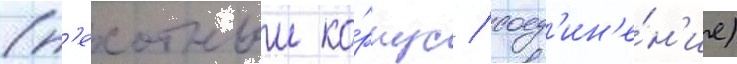
(п'ехотныи ко́рпус / соед'ин'е́н'ие)